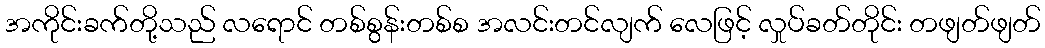
အကိုင်းခက်တို့သည် လရောင် တစ်စွန်းတစ်စ အလင်းတင်လျက် လေဖြင့် လှုပ်ခတ်တိုင်း တဖျတ်ဖျတ်